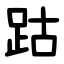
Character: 跍